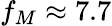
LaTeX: f_{M}\approx 7.7